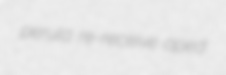
perula re-receive aped